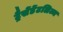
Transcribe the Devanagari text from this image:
ट्रैसेंडेंटलिज्म